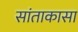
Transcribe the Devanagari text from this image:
सांताकासा